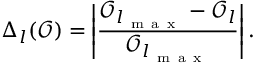
\Delta _ { l } ( \mathcal { O } ) = \left| \frac { \mathcal { O } _ { l _ { \mathrm { ~ m ~ a ~ x ~ } } } - \mathcal { O } _ { l } } { \mathcal { O } _ { l _ { \mathrm { ~ m ~ a ~ x ~ } } } } \right| .